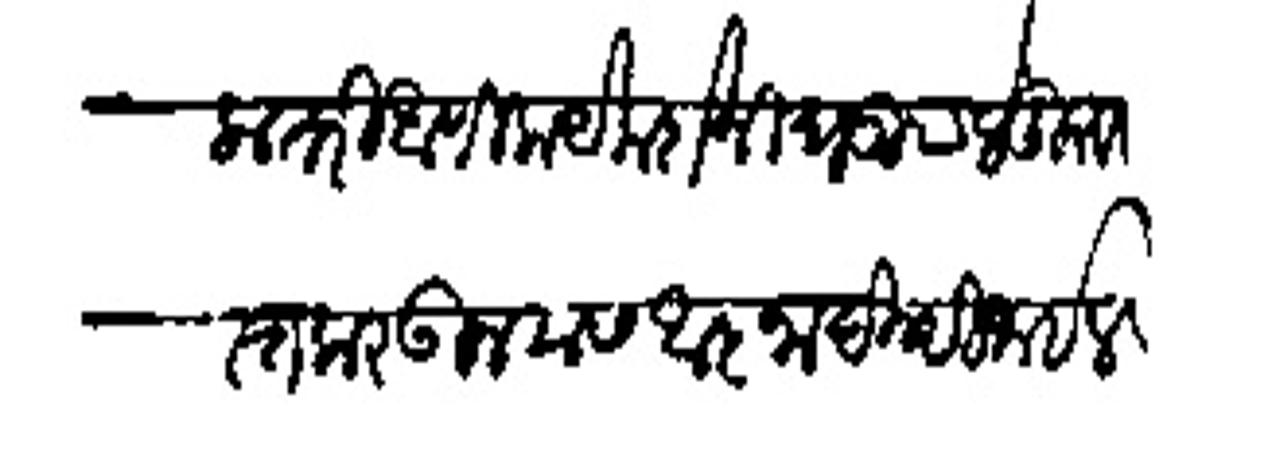
Transliteration (Devanagari): असिला तरी आणिक येक दोनी घडियाले दुरुस्त करऊन त्यास आज्ञा दिल्ही जाईल